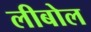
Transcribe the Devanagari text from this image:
लीबोल